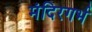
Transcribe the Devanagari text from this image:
मंदिरगर्भ